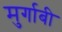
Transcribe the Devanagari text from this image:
मुर्गाबी